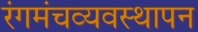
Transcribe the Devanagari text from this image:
रंगमंचव्यवस्थापन